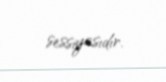
sessiyasıdır.